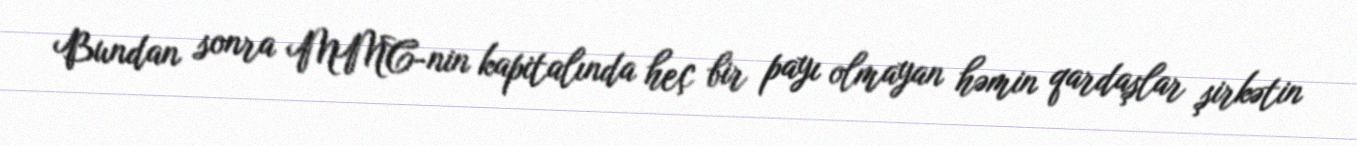
Bundan sonra MMC-nin kapitalında heç bir payı olmayan həmin qardaşlar şirkətin